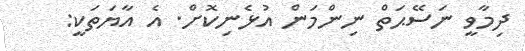
ދިމާވީ ނަސޭޙަތް ނިންމަން އުޅެނިކޮށް. އެ އާޔަތަކީ: